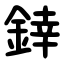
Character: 﨨